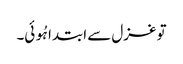
تو غزل سے ابتدا ہُوئی۔